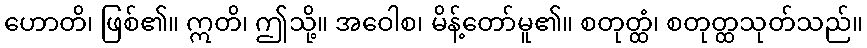
ဟောတိ၊ ဖြစ်၏။ ဣတိ၊ ဤသို့။ အဝေါစ၊ မိန့်တော်မူ၏။ စတုတ္ထံ၊ စတုတ္ထသုတ်သည်။